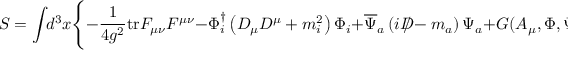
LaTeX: S = \int \! \! d ^ { 3 } x \Biggl \{ - \frac { 1 } { 4 g ^ { 2 } } \mathrm { t r } F _ { \mu \nu } F ^ { \mu \nu } - \Phi _ { i } ^ { \dag } \left( D _ { \mu } D ^ { \mu } + m _ { i } ^ { 2 } \right) \Phi _ { i } + \overline { { { \Psi } } } _ { a } \left( i D \! \! \! \! / - m _ { a } \right) \Psi _ { a } + G ( A _ { \mu } , \Phi , \Psi ) \Biggr \} \ ,